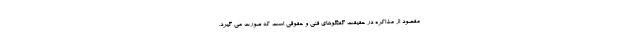
مقصود از مذاکره در حقیقت گفتگوهای فنی و حقوقی است که صورت می گیرد.